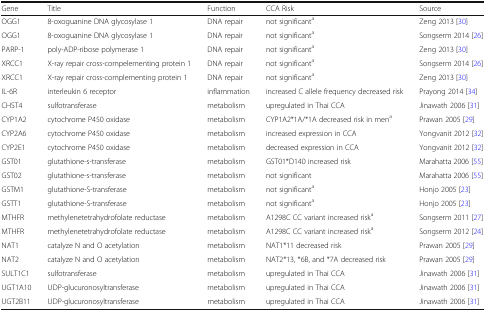
<table><thead><tr><td><b>Gene</b></td><td><b>Title</b></td><td><b>Function</b></td><td><b>CCA Risk</b></td><td><b>Source</b></td></tr></thead><tbody><tr><td>OGG1</td><td>8-oxoguanine DNA glycosylase 1</td><td>DNA repair</td><td>not significant<sup>a</sup></td><td>Zeng 2013 [30]</td></tr><tr><td>OGG1</td><td>8-oxoguanine DNA glycosylase 1</td><td>DNA repair</td><td>not significant<sup>a</sup></td><td>Songserm 2014 [26]</td></tr><tr><td>PARP-1</td><td>poly-ADP-ribose polymerase 1</td><td>DNA repair</td><td>not significant<sup>a</sup></td><td>Zeng 2013 [30]</td></tr><tr><td>XRCC1</td><td>X-ray repair cross-compelementing protein 1</td><td>DNA repair</td><td>not significant<sup>a</sup></td><td>Songserm 2014 [26]</td></tr><tr><td>XRCC1</td><td>X-ray repair cross-complementing protein 1</td><td>DNA repair</td><td>not significant<sup>a</sup></td><td>Zeng 2013 [30]</td></tr><tr><td>IL-6R</td><td>interleukin 6 receptor</td><td>inflammation</td><td>increased C allele frequency decreased risk</td><td>Prayong 2014 [34]</td></tr><tr><td>CHST4</td><td>sulfotransferase</td><td>metabolism</td><td>upregulated in Thai CCA</td><td>Jinawath 2006 [31]</td></tr><tr><td>CYP1A2</td><td>cytochrome P450 oxidase</td><td>metabolism</td><td>CYP1A2*1A/*1A decreased risk in men<sup>a</sup></td><td>Prawan 2005 [29]</td></tr><tr><td>CYP2A6</td><td>cytochrome P450 oxidase</td><td>metabolism</td><td>increased expression in CCA</td><td>Yongvanit 2012 [32]</td></tr><tr><td>CYP2E1</td><td>cytochrome P450 oxidase</td><td>metabolism</td><td>decreased expression in CCA</td><td>Yongvanit 2012 [32]</td></tr><tr><td>GST01</td><td>glutathione-s-transferase</td><td>metabolism</td><td>GST01*D140 increased risk</td><td>Marahatta 2006 [55]</td></tr><tr><td>GST02</td><td>glutathione-s-transferase</td><td>metabolism</td><td>not significant</td><td>Marahatta 2006 [55]</td></tr><tr><td>GSTM1</td><td>glutathione-S-transferase</td><td>metabolism</td><td>not significant<sup>a</sup></td><td>Honjo 2005 [23]</td></tr><tr><td>GSTT1</td><td>glutathione-S-transferase</td><td>metabolism</td><td>not significant<sup>a</sup></td><td>Honjo 2005 [23]</td></tr><tr><td>MTHFR</td><td>methylenetetrahydrofolate reductase</td><td>metabolism</td><td>A1298C CC variant increased risk<sup>a</sup></td><td>Songserm 2011 [27]</td></tr><tr><td>MTHFR</td><td>methylenetetrahydrofolate reductase</td><td>metabolism</td><td>A1298C CC variant increased risk<sup>a</sup></td><td>Songserm 2012 [24]</td></tr><tr><td>NAT1</td><td>catalyze N and O acetylation</td><td>metabolism</td><td>NAT1*11 decreased risk</td><td>Prawan 2005 [29]</td></tr><tr><td>NAT2</td><td>catalyze N and O acetylation</td><td>metabolism</td><td>NAT2*13, *6B, and *7A decreased risk</td><td>Prawan 2005 [29]</td></tr><tr><td>SULT1C1</td><td>sulfotransferase</td><td>metabolism</td><td>upregulated in Thai CCA</td><td>Jinawath 2006 [31]</td></tr><tr><td>UGT1A10</td><td>UDP-glucuronosyltransferase</td><td>metabolism</td><td>upregulated in Thai CCA</td><td>Jinawath 2006 [31]</td></tr><tr><td>UGT2B11</td><td>UDP-glucuronosyltransferase</td><td>metabolism</td><td>upregulated in Thai CCA</td><td>Jinawath 2006 [31]</td></tr></tbody></table>